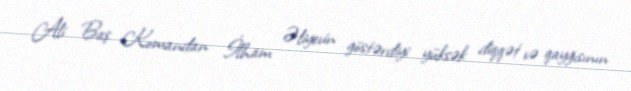
Ali Baş Komandan İlham Əliyevin göstərdiyi yüksək diqqət və qayğısının